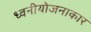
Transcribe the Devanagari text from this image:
ध्वनीयोजनाकार